Ridala_vallavalitsus, lk 5
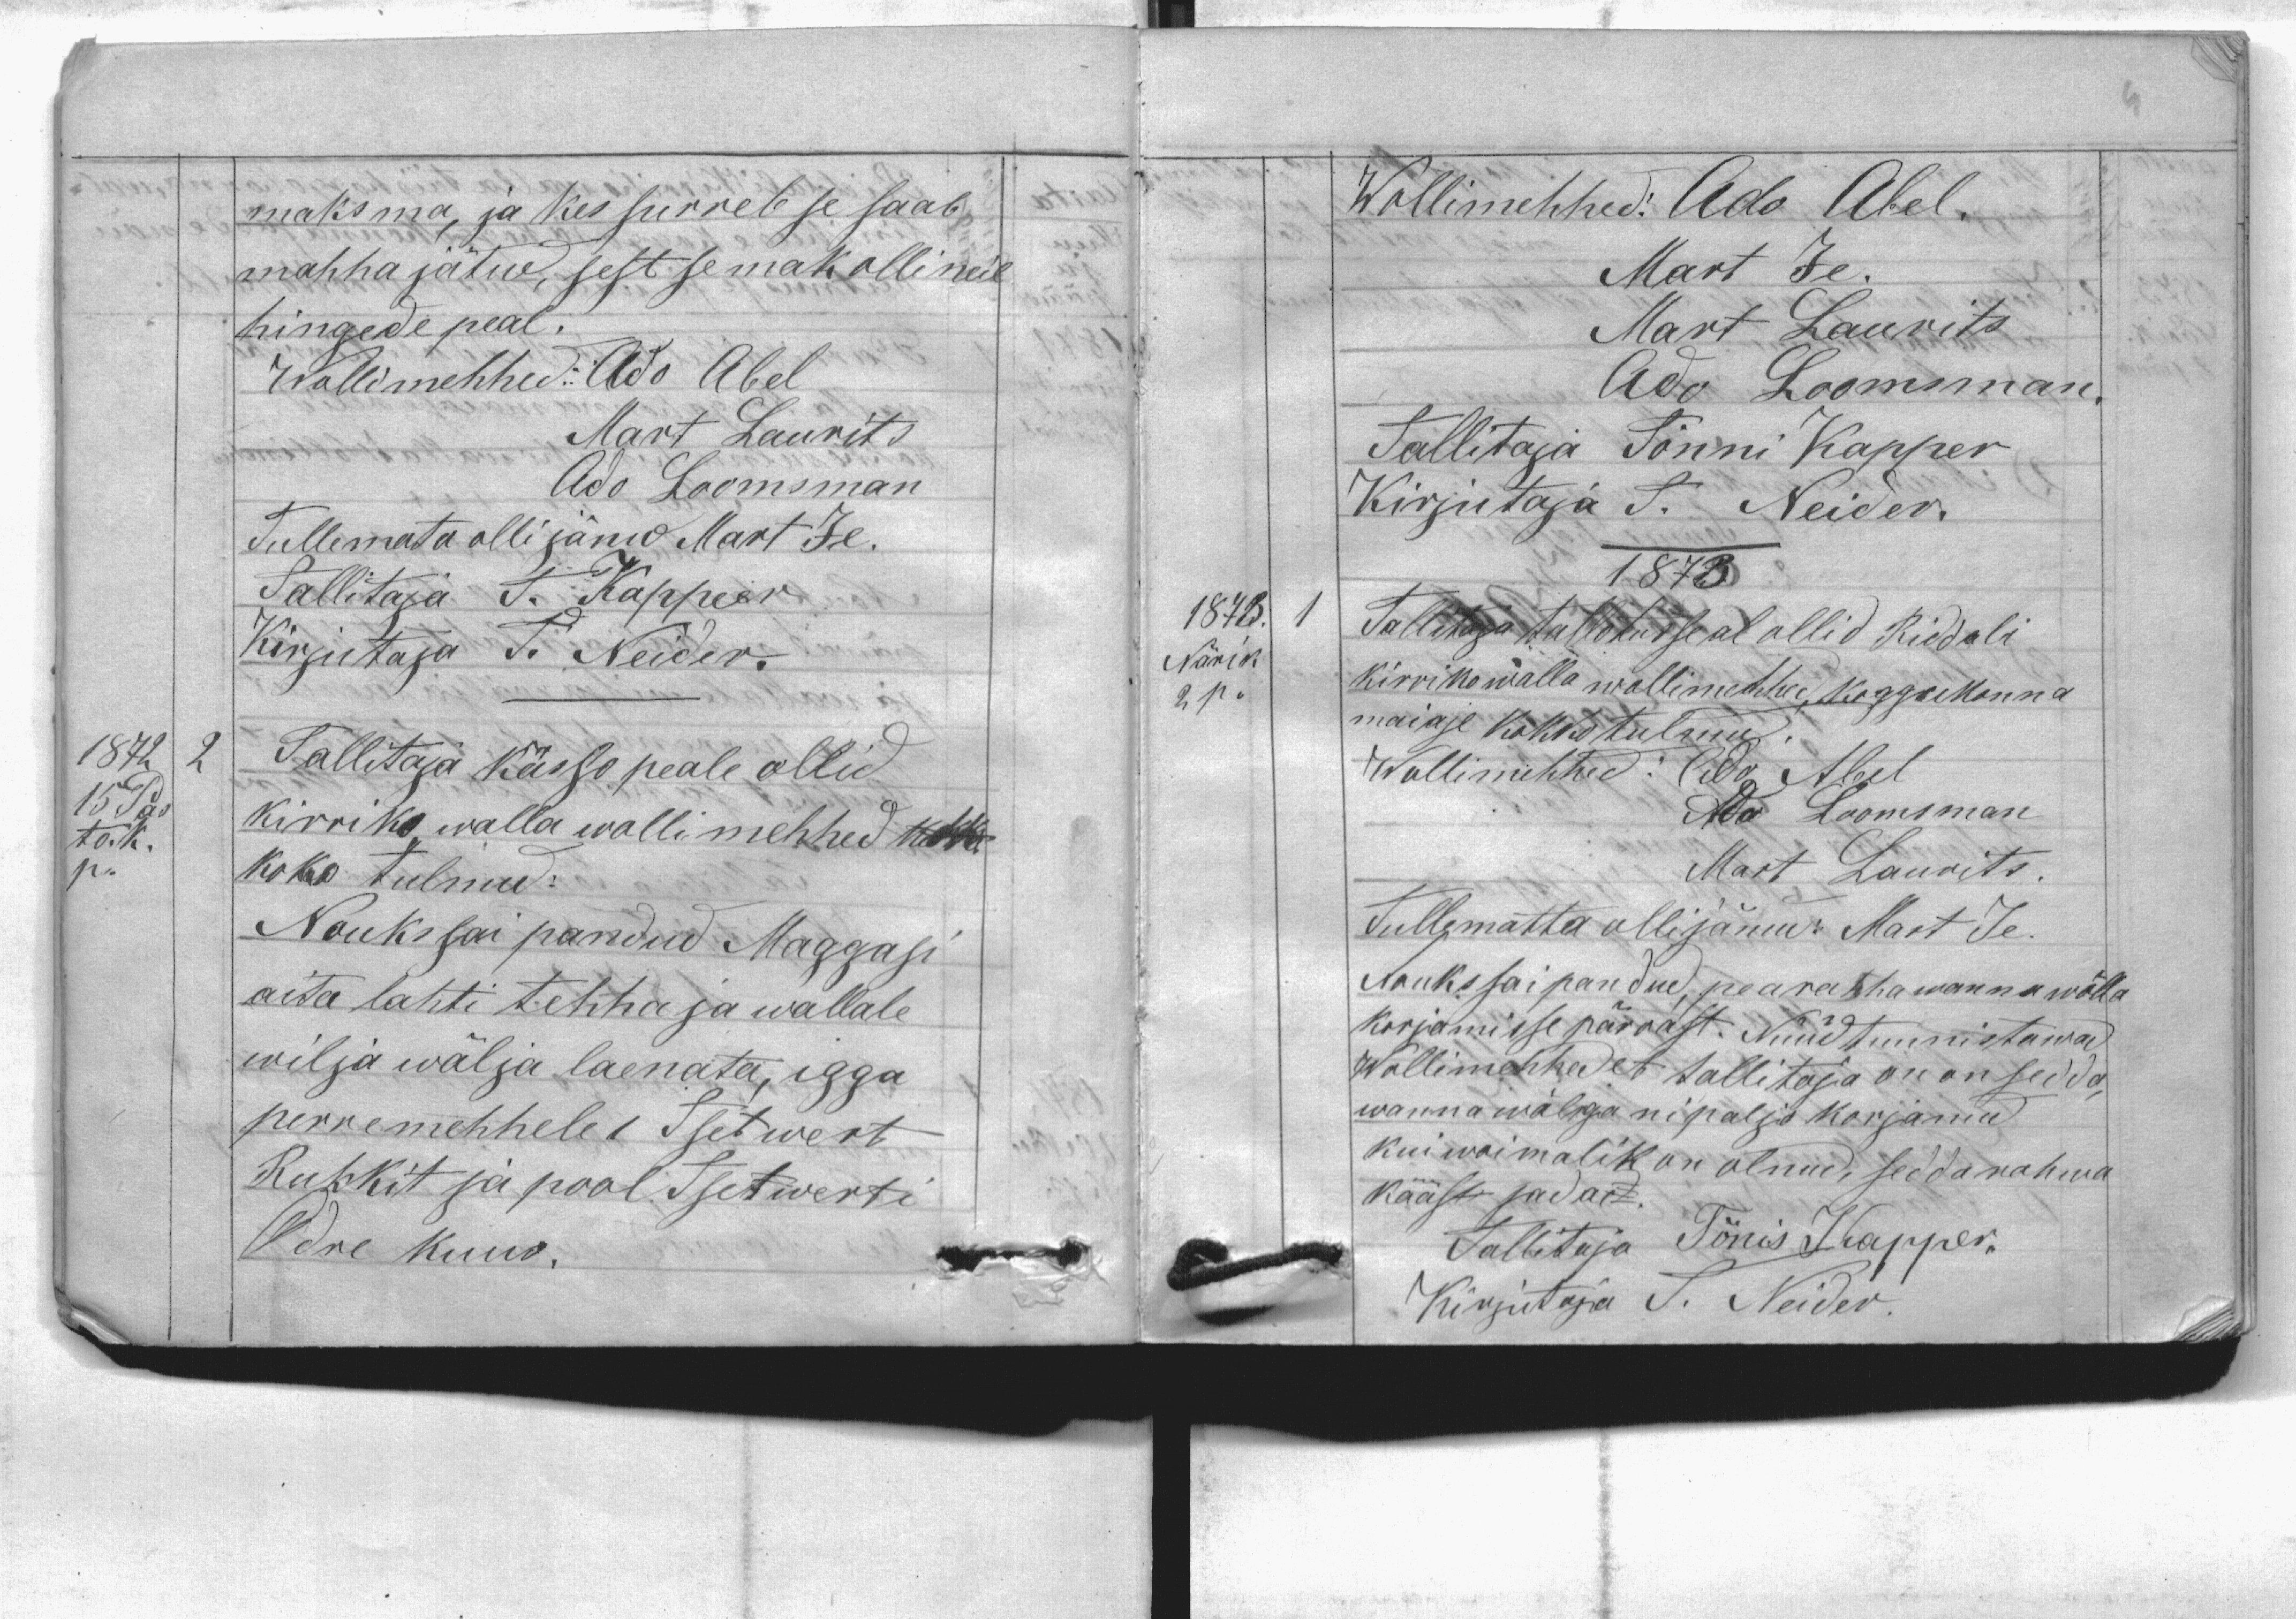
maksma, ja kes surreb se saab
mahha jätud, sest se mak olli neil
hingede peal.
Wollimehhed: Ado Abel
Mart Laurits
Ado Loomsman
Tullemata olli jänud Mart Je.
Tallitaja  T. Kapper
Kirjutaja T. Neider.
1872
2
Tallitaja kässo peale ollid
15 Pas
kirriko walla wollimehhed kokk
to.k.
p.
koko tulnud:
Nouks sai pandud Maggasi
aita lahti tehha ja wallale
wilja wälja laenata, igga
perremehhele 1 Tsetwert
Rukkit ja pool Tsetwerti
Odre kuus.

1873
Närik
2 p.
Wollimehed: Ado Abel.
Mart Je.
Mart Laurits
Ado Loomsman.
Tallitaja Tõnni Kapper
Kirjutaja T. Neider.
1873
Tallitaja tallotusse al ollid Riddali
Kirriko walla wollimehhed, koggukonna
maiase kokko tulnud.
Wollimehhed: Ado Abel
Ado Loomsman
Mart Laurits.
Tullematta olli jänud: Mart Je.
Nouks sai pandud, pearahha wanna wõlla
korjamisse pärrast. Nüüd tunnistawad
Wollimehhed et tallitaja on on sedda,
wanna wõlga ni paljo korjanud
kui woimalik on olnud, sedda rahwa
kääst sadad.
Tallitaja Tõnis Kapper.
Kirjutaja T. Neider.
1